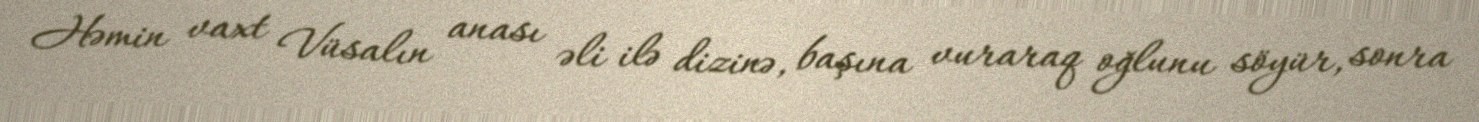
Həmin vaxt Vüsalın anası əli ilə dizinə, başına vuraraq oğlunu söyür, sonra